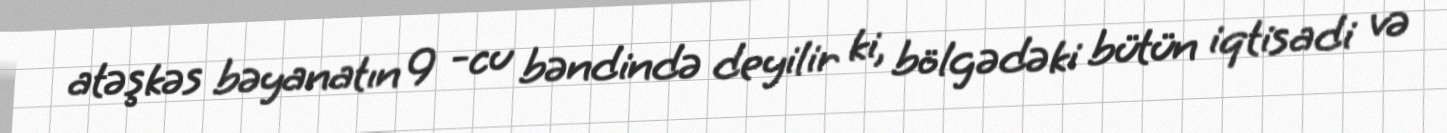
atəşkəs bəyanatın 9 -cu bəndində deyilir ki, bölgədəki bütün iqtisadi və